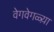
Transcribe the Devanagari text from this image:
वेगवेगळ्य़ा